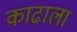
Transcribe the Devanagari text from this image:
काढाला